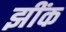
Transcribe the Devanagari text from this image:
झींक